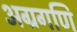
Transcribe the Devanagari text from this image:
अग्रगणि